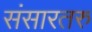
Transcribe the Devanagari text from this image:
संसारतरु